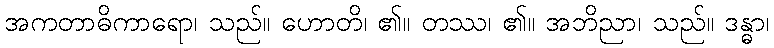
အကတာဓိကာရော၊ သည်။ ဟောတိ၊ ၏။ တဿ၊ ၏။ အဘိညာ၊ သည်။ ဒန္ဓာ၊